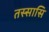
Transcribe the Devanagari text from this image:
तस्सासि